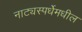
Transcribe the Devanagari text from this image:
नाट्यस्पर्धेमधील